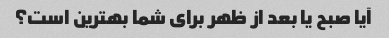
آیا صبح یا بعد از ظهر برای شما بهترین است؟